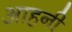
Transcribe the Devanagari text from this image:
आहनी